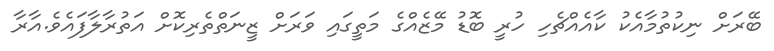
ބޭރަށް ނިކުތުމާއެކު ކާއެއްޗެހި ހުރީ ބޮޑު މޭޒެއްގެ މަތީގައި ވަރަށް ޒީނަތްތެރިކޮށް އަތުރާލާފައެވެ.އާރާ